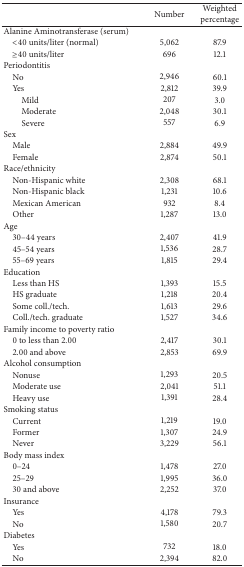
|  | Number | Weighted percentage |
 | --- | --- | --- |
 | Alanine Aminotransferase (serum) |  |  |
 | <40 units/liter (normal) | 5,062 | 87.9 |
 | ≥40 units/liter | 696 | 12.1 |
 | Periodontitis |  |  |
 | No | 2,946 | 60.1 |
 | Yes | 2,812 | 39.9 |
 | Mild | 207 | 3.0 |
 | Moderate | 2,048 | 30.1 |
 | Severe | 557 | 6.9 |
 | Sex |  |  |
 | Male | 2,884 | 49.9 |
 | Female | 2,874 | 50.1 |
 | Race/ethnicity |  |  |
 | Non-Hispanic white | 2,308 | 68.1 |
 | Non-Hispanic black | 1,231 | 10.6 |
 | Mexican American | 932 | 8.4 |
 | Other | 1,287 | 13.0 |
 | Age |  |  |
 | 30–44 years | 2,407 | 41.9 |
 | 45–54 years | 1,536 | 28.7 |
 | 55–69 years | 1,815 | 29.4 |
 | Education |  |  |
 | Less than HS | 1,393 | 15.5 |
 | HS graduate | 1,218 | 20.4 |
 | Some coll./tech. | 1,613 | 29.6 |
 | Coll./tech. graduate | 1,527 | 34.6 |
 | Family income to poverty ratio |  |  |
 | 0 to less than 2.00 | 2,417 | 30.1 |
 | 2.00 and above | 2,853 | 69.9 |
 | Alcohol consumption |  |  |
 | Nonuse | 1,293 | 20.5 |
 | Moderate use | 2,041 | 51.1 |
 | Heavy use | 1,391 | 28.4 |
 | Smoking status |  |  |
 | Current | 1,219 | 19.0 |
 | Former | 1,307 | 24.9 |
 | Never | 3,229 | 56.1 |
 | Body mass index |  |  |
 | 0–24 | 1,478 | 27.0 |
 | 25–29 | 1,995 | 36.0 |
 | 30 and above | 2,252 | 37.0 |
 | Insurance |  |  |
 | Yes | 4,178 | 79.3 |
 | No | 1,580 | 20.7 |
 | Diabetes |  |  |
 | Yes | 732 | 18.0 |
 | No | 2,394 | 82.0 |